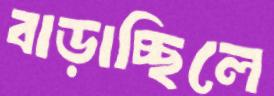
বাড়াচ্ছিলে